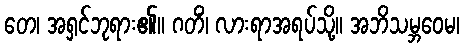
တေ၊ အရှင်ဘုရား၏။ ဂတိံ၊ လားရာအရပ်သို့။ အဘိသမ္ဘဝေမ၊